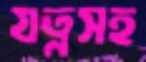
যত্নসহ